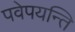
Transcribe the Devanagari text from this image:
पवेपयन्ति